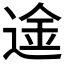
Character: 𮷢